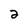
Character: 2